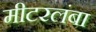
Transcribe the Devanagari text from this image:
मीटरलंबा